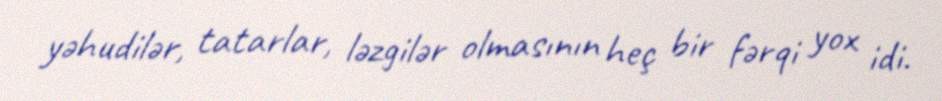
yəhudilər, tatarlar, ləzgilər olmasının heç bir fərqi yox idi.